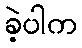
ခဲ့ပါက